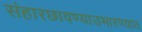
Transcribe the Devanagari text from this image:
संहारछावण्याउभारण्यात